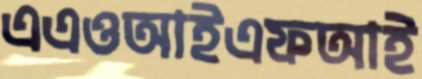
এএওআইএফআই